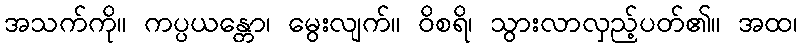
အသက်ကို။ ကပ္ပယန္တော၊ မွေးလျက်။ ဝိစရိ၊ သွားလာလှည့်ပတ်၏။ အထ၊